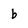
Character: b